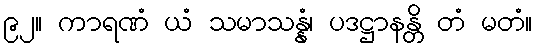
၉၂။ ကာရဏံ ယံ သမာသန္နံ၊ ပဒဋ္ဌာနန္တိ တံ မတံ။